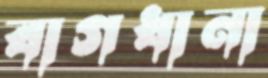
বাগধানা